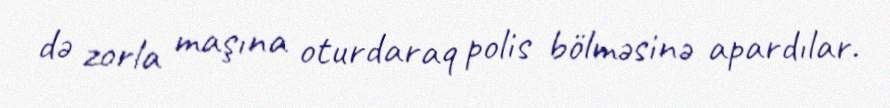
də zorla maşına oturdaraq polis bölməsinə apardılar.